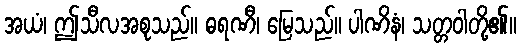
အယံ၊ ဤသီလအစုသည်။ ဓရဏီ၊ မြေသည်။ ပါဏိနံ၊ သတ္တဝါတို့၏။